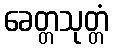
ခေတ္တသုတ္တံ